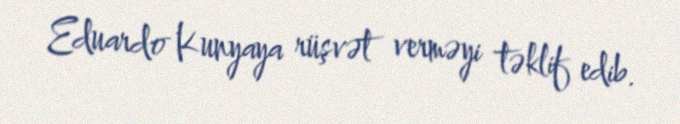
Eduardo Kunyaya rüşvət verməyi təklif edib.